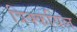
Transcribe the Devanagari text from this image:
त्रिक्कयिल